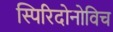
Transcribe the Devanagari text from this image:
स्पिरिदोनोविच